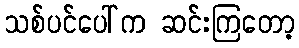
သစ်ပင်ပေါ်က ဆင်းကြတော့